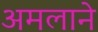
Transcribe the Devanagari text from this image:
अमलाने